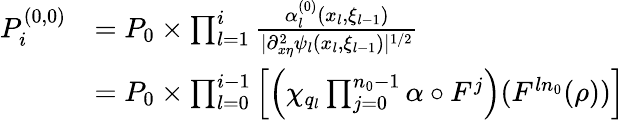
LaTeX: \begin{array}{rl}{P_{i}^{(0,0)}}&{=P_{0}\times\prod_{l=1}^{i}\frac{\alpha_{l}^{(0)}(x_{l},\xi_{l-1})}{|\partial_{x\eta}^{2}\psi_{l}(x_{l},\xi_{l-1})|^{1/2}}}\\ &{=P_{0}\times\prod_{l=0}^{i-1}\left[\left(\chi_{q_{l}}\prod_{j=0}^{n_{0}-1}\alpha\circ F^{j}\right)(F^{ln_{0}}(\rho))\right]}\end{array}